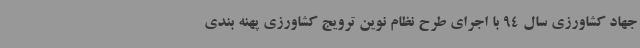
جهاد کشاورزی سال 94 با اجرای طرح نظام نوین ترویج کشاورزی پهنه بندی